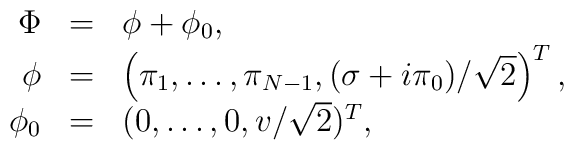
\begin{array}{rcl}\Phi&=&\phi+\phi_0,\\\phi&=&\left(\pi_1,\dots,\pi_{N-1},(\sigma+i\pi_0)/\sqrt{2}\right)^T,\\\phi_0&=&(0,\dots,0,v/\sqrt{2})^T,\end{array}